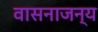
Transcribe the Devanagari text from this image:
वासनाजन्य